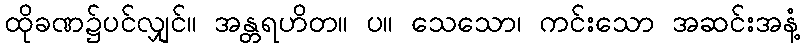
ထိုခဏ၌ပင်လျှင်။ အန္တရဟိတ။ ပ။ သေသော၊ ကင်းသော အဆင်းအနံ့